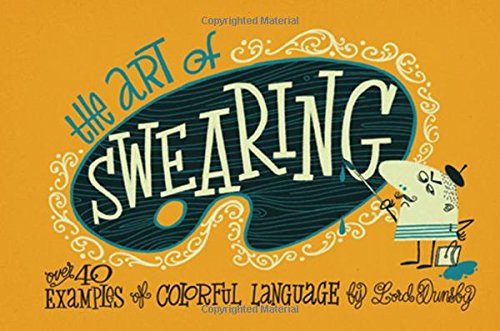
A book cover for The Art of Swearing: Over 40 Examples of Colourful Language; Lord Dunsby; Humor & Entertainment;